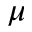
\mu